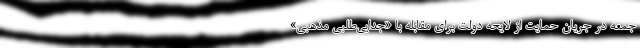
جمعه در جریان حمایت از لایحه دولت برای مقابله با «جدایی‌طلبی مذهبی»